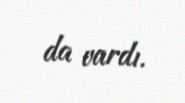
da vardı.